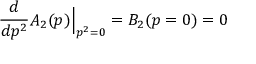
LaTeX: \frac { d } { d p ^ { 2 } } A _ { 2 } ( p ) \Big | _ { p ^ { 2 } = 0 } = B _ { 2 } ( p = 0 ) = 0